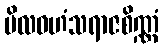
ပိလဝဟံသရာဇစိဏ္ဏံ